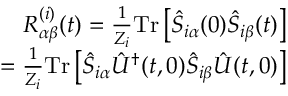
\begin{array} { r } { R _ { \alpha \beta } ^ { ( i ) } ( t ) = \frac { 1 } { Z _ { i } } \mathrm { T r } \left[ \hat { S } _ { i \alpha } ( 0 ) \hat { S } _ { i \beta } ( t ) \right] } \\ { = \frac { 1 } { Z _ { i } } \mathrm { T r } \left[ \hat { S } _ { i \alpha } \hat { U } ^ { \dagger } ( t , 0 ) \hat { S } _ { i \beta } \hat { U } ( t , 0 ) \right] } \end{array}